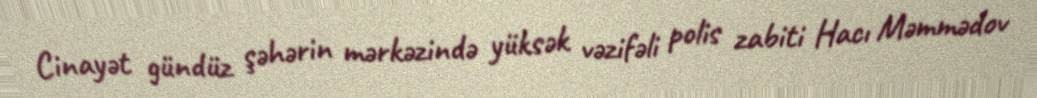
Cinayət gündüz şəhərin mərkəzində yüksək vəzifəli polis zabiti Hacı Məmmədov